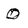
Character: 0